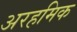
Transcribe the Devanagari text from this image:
अरहमिक